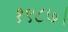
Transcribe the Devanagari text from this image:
१९८७।